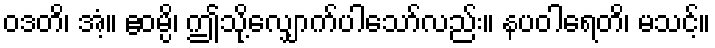
ဝဒတိ၊ အံ့။ ဧဝမ္ပိ၊ ဤသို့လျှောက်ပါသော်လည်း။ နပဝါရေတိ၊ မသင့်။